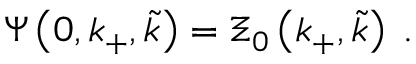
\Psi \left( 0 , k _ { + } , \widetilde { k } \right) = \Xi _ { 0 } \left( k _ { + } , \widetilde { k } \right) \; .